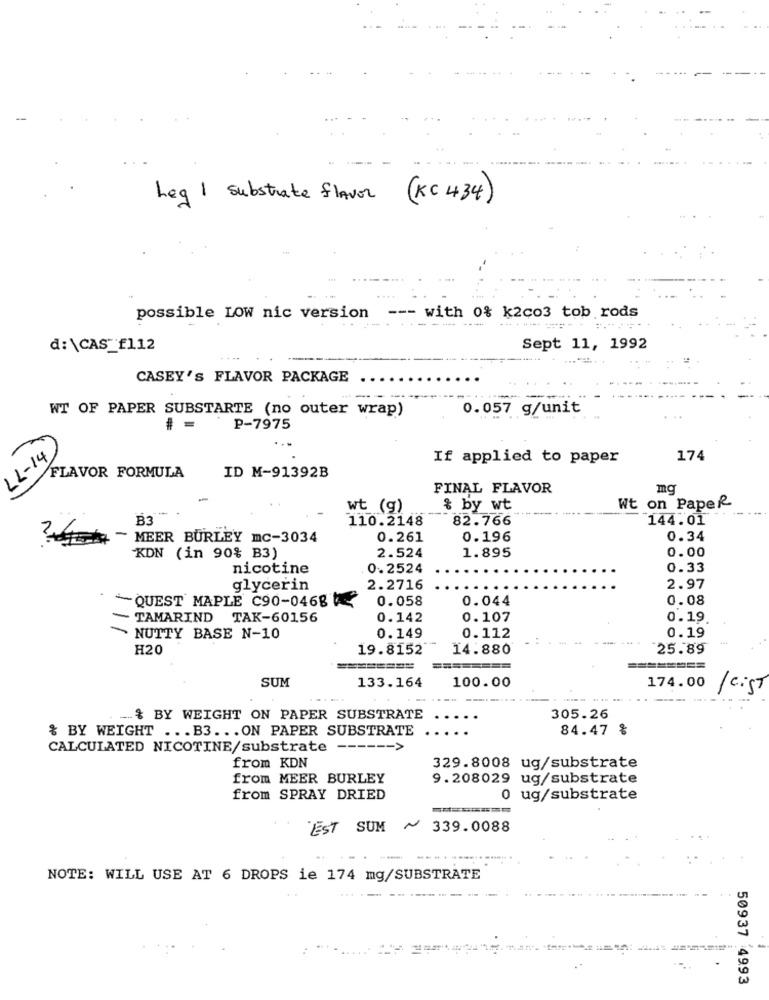
-
Leg 1 substrate flavor (KC 434)
possible LOW nic version
--- with 0% k2co3 tob rods
....-- ==-
d:\CAS_f112
Sept 11, 1992
CASEY'S FLAVOR PACKAGE
WT OF PAPER SUBSTARTE (no outer wrap)
0.057 g/unit
4 =
P-7975
If applied to paper
174
FLAVOR FORMULA
(h1-77
ID M-91392B
FINAL FLAVOR
mq
Ba -
wt (g)
& by wt
Wt on Paper
110.2148
82.766
144.01
4 - MEER BURLEY mc-3034
0.261
0.196
0.34
0.00
KDN (in 90% B3)
2.524
1.895
nicotine
0.2524
0.33
glycerin
2.2716
2.97
0.058
0.044
0.08
QUEST' MAPLE C90-0468
- TAMARIND TAK-60156
0.142
0.107
0.19.
> NUTTY BASE N-10
0.149
0.112
- ---
0.19
H20
19.8152
14.880
25.89
====
SUM
133.164
100.00
174.00
/ cist
... & BY WEIGHT ON PAPER SUBSTRATE
305.26
% BY WEIGHT ... B3 ... ON PAPER SUBSTRATE
...
84.47 %
CALCULATED NICOTINE/substrate -----
from KDN
329.8008 ug/substrate
from MEER BURLEY
9.208029 ug/substrate
from SPRAY DRIED
0 ug/substrate
EST SUM ~
339.0088
NOTE: WILL USE AT 6 DROPS ie 174 mg/SUBSTRATE
50937 4993